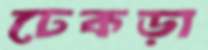
ঢেকড়া